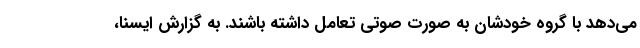
می‌دهد با گروه خودشان به صورت صوتی تعامل داشته باشند. به گزارش ایسنا،